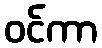
ဝင်ကာ